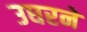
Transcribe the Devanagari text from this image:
उघरने